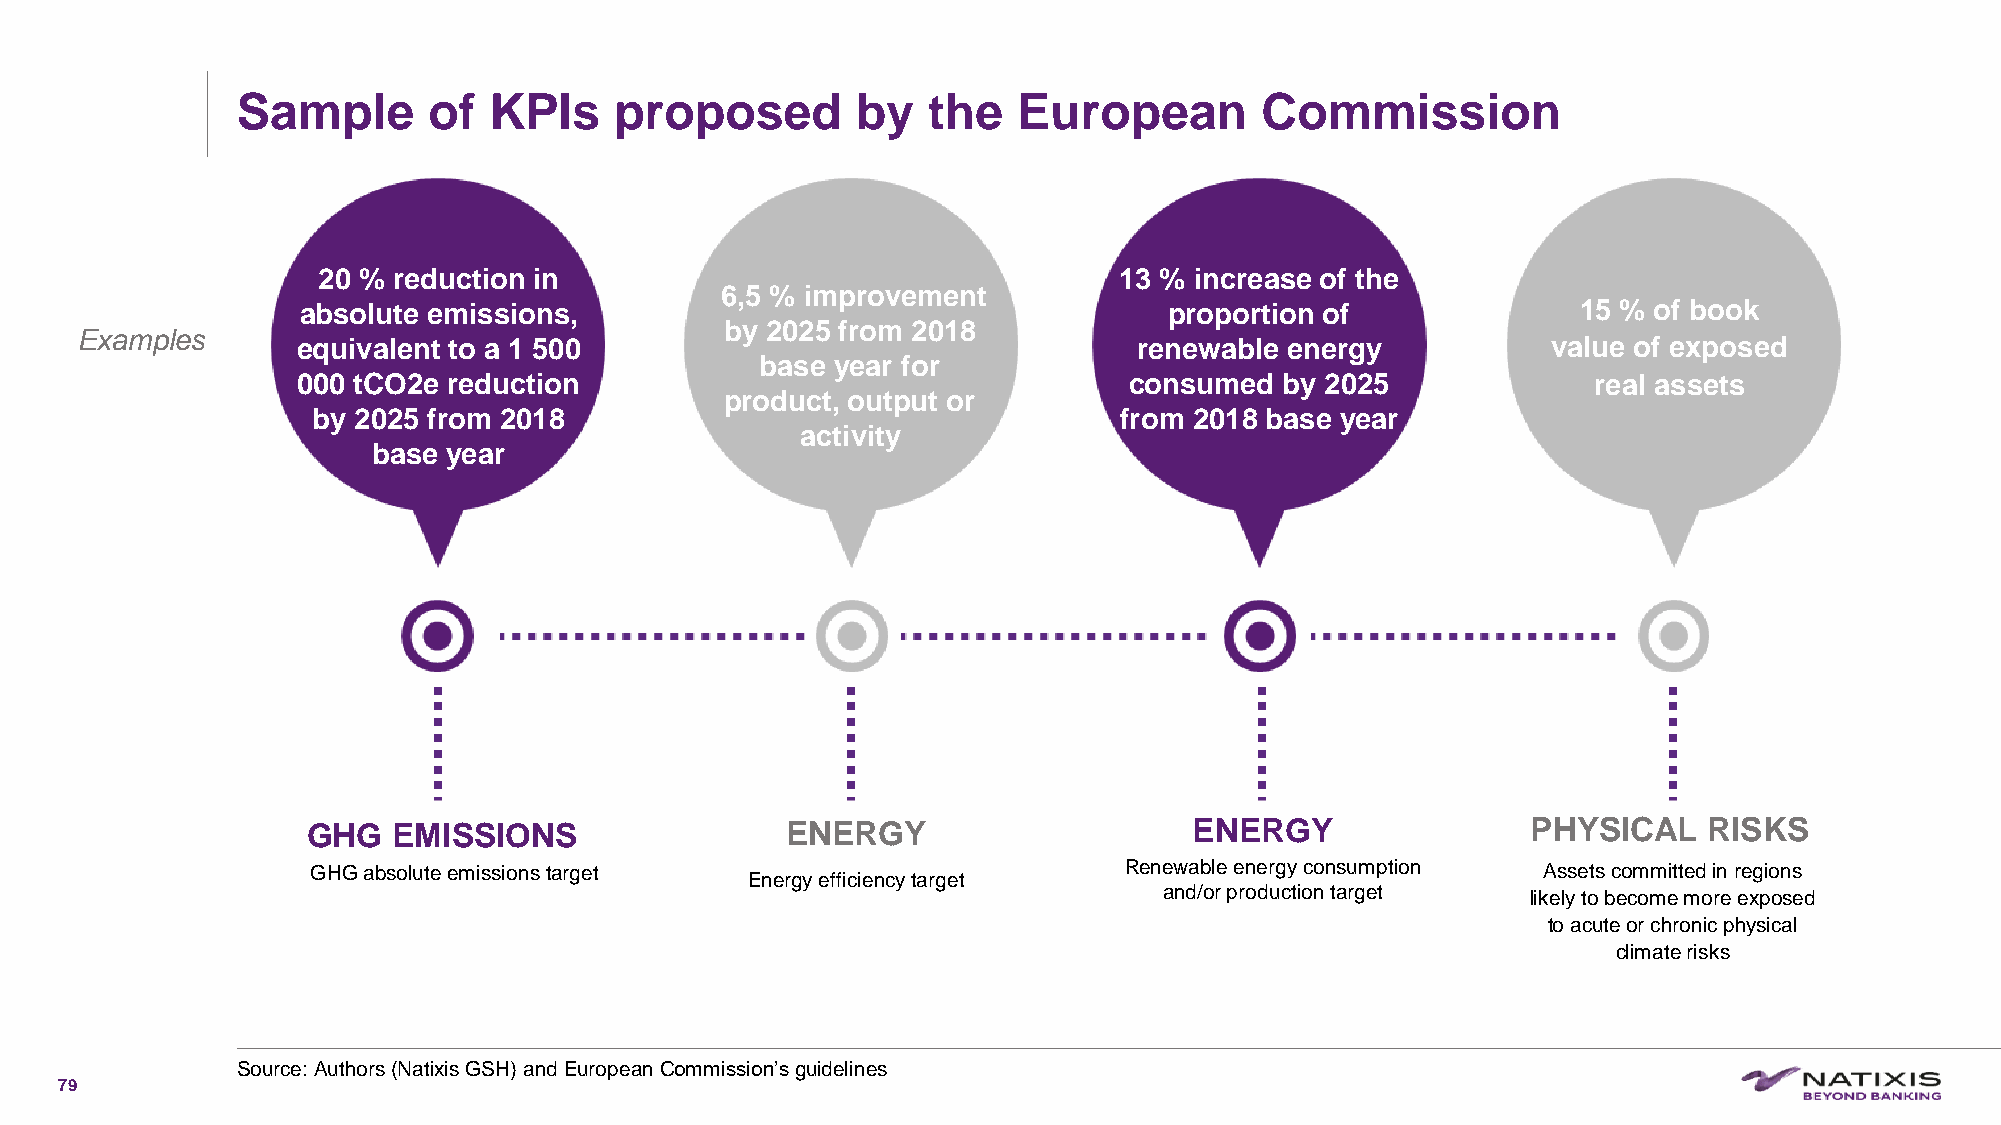
Sample      of  KPIs     proposed        by  the   European        Commission
 20 % reduction in                                    13 % increase of the
 6,5 % improvement
 absolute emissions,                                      proportion of               15 % of book
 by 2025 from 2018
 Examples
 equivalent to a 1 500                                  renewable energy            value of exposed
 base year for
 000 tCO2e reduction                                    consumed  by 2025             real assets
 product, output or
 by 2025 from 2018                                    from 2018 base year
 activity
 base year
 GHG   EMISSIONS                 ENERGY                     ENERGY                PHYSICAL    RISKS
 GHG absoluteemissionstarget                          Renewable energy consumption Assets committed in regions
 Energy efficiency target
 and/or production target
 likely to become more exposed
 to acute or chronic physical
 climate risks
 Source: Authors(Natixis GSH) and EuropeanCommission’sguidelines
 79
 C1-PublicNat